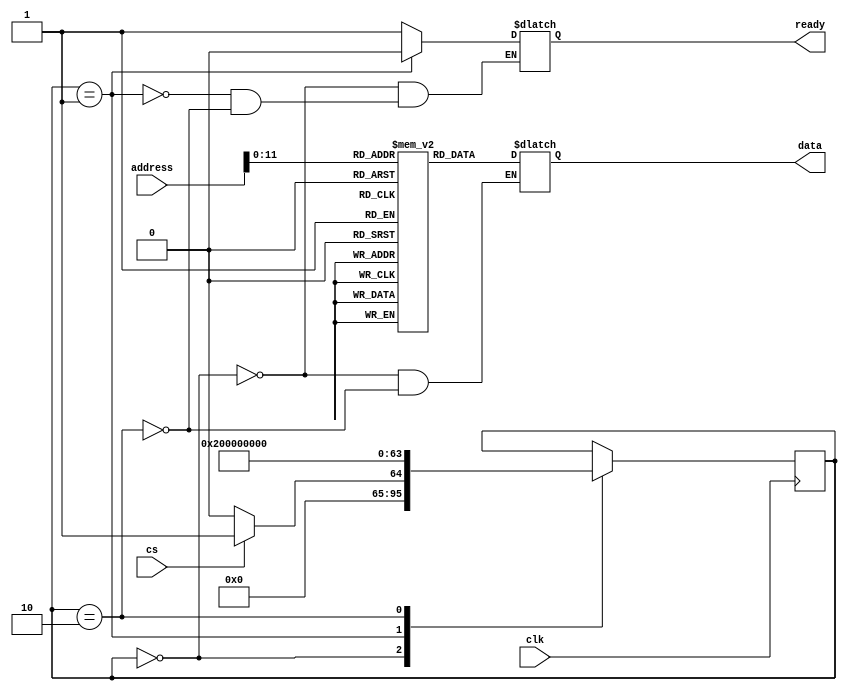
`timescale 1ns / 1ps
//////////////////////////////////////////////////////////////////////////////////
// Company: 
// Engineer: 
// 
// Design Name: 
// Module Name: rom
// Project Name: 
// Target Devices: 
// Tool Versions: 
// Description: 
// 
// Dependencies: 
// 
// Revision:
// Revision 0.01 - File Created
// Additional Comments:
// 
//////////////////////////////////////////////////////////////////////////////////
//read only memory
module rom(input cs,clk,input [15:0] address,output reg ready,output reg [15:0] data);
reg [15:0] ROM[0:(2**12-1)];
integer state=0;

initial
  begin
  

    ROM[0]={10'd0,6'b101000};//MOV A,#0A
    ROM[1]=16'd10;
    ROM[2]={10'd0,6'b110100};//STE A,3FFE
    ROM[3]={1'b0,14'h3ffe,1'b1};
    ROM[4]={10'd0,6'b101000};//MOV A,#DD
    ROM[5]=16'hDD;
    ROM[6]={10'd0,6'b110100};//STE A,3FF7
    ROM[7]={1'b0,14'h3ff7,1'b1};
    
    

    ROM[8]={10'd0,6'b101000};//MOV A,#10
    ROM[9]=16'd10;
    ROM[10]={10'd0,6'b101010};//MOV C,#2
    ROM[11]=16'd2;
    ROM[12]={10'd0,6'b111101};//NAND A,C
    ROM[13]={8'b00000010,8'bx};
    
    
    
    
    ROM[200]={10'd0,6'b101001};//MOV A,#0A
    ROM[201]=16'd10;
    ROM[202]={10'd0,6'b101010};//MOV A,#0A
    ROM[203]=16'd10;
    ROM[204]={10'b0,6'b111010};
    ROM[205]={1'b1,12'd0,3'b0};

    
//  ROM[0]={10'd0,6'b101000};//MOV A,#20
//  ROM[1]=16'h0020;
//  ROM[2]={10'd0,6'b110100};//STE A,3FFE
//  ROM[3]={1'b0,14'h3ffe,1'b1};
//  ROM[4]={10'd0,6'b101000};//MOV A,#A
//  ROM[5]=16'h000A;
//  ROM[6]={10'd0,6'b110100};//STE A,3FF2
//  ROM[7]={1'b0,14'h3ff2,1'b1};
//  ROM[8]={10'd0,6'b101000};//MOV A,#2
//  ROM[9]=16'h0002;
//  ROM[10]={10'd0,6'b110100};//STE A,3FF2
//  ROM[11]={1'b0,14'h3ff2,1'b1};
//  ROM[12]={10'd0,6'b110000};//LDE B,3FF3
//  ROM[13]={1'b1,14'h3ff3,1'b1};
  
  
//  ROM[12]={10'd0,6'b101000};//MOV A,#1
//  ROM[13]=16'd1;
//  ROM[14]={10'd0,6'b110100};//STE A,3FF2
//  ROM[15]={1'b0,14'h3ff2,1'b1};
//  ROM[16]={10'd0,6'b110000};//LDE A,3FF1
//  ROM[17]={1'b0,14'h3ff1,1'b1};
//  ROM[18]={10'd0,6'b101010};//MOV C,#2
//  ROM[19]=16'd2;
//  ROM[20]={10'd0,6'b111101};//NAND A,C
//  ROM[21]={8'b00000010,8'bx};
//  ROM[22]={10'd0,6'b111101};//NOT A
//  ROM[23]={8'b11000000,8'bx};
//  ROM[24]={10'd0,6'b111110};//CMZ A
//  ROM[25]={5'b10000,11'bx};
//  ROM[26]={10'd0,6'b111000};//BZ 16
//  ROM[27]={1'b1,12'd16,3'bx};
//ROM[0]={10'd0,6'b101000};//MOV A,#10
//ROM[1]=16'd10;
//ROM[2]={10'd0,6'b101010};//MOV C,#2
//ROM[3]=16'd2;
//ROM[4]={10'd0,6'b111101};//NAND A,C
//ROM[5]={8'b00000010,8'bx};
end

always@ (posedge clk)
begin
case(state)
0:begin
if(cs)
state=1;
else
state=0;
end
1:state=2;//read
2:state=0;
endcase
end

always@(state)
begin
case(state)
0:begin
ready=1;
data=16'bZ;
end
1:ready=0;
//read
2:begin
data=ROM[address[11:0]];
ready=1;
end
endcase
end
endmodule